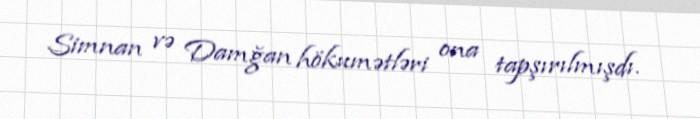
Simnan və Damğan hökumətləri ona tapşırılmışdı.